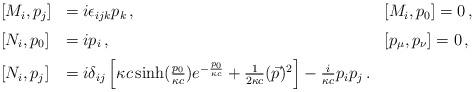
LaTeX: \begin{align*}\begin{array}{lll}[ M_i , p_j ] & = i\epsilon_{ijk}p_k\, ,\qquad & [ M_i , p_0 ] =0\, ,\medskip\cr [ N_i , p_0 ] & = i p_i\, , \qquad & [ p_\mu ,p_\nu ] = 0\, ,\medskip\cr[ N_i , p_j ]& =i\delta_{ij}\left[\kappa c\sinh(\frac {p_0}{\kappa c})e^{-\frac{p_0}{\kappa c}} + \frac1{2\kappa c} (\vec p)^2\right] -\frac {i}{\kappa c} p_i p_j\,.&\end{array}\end{align*}